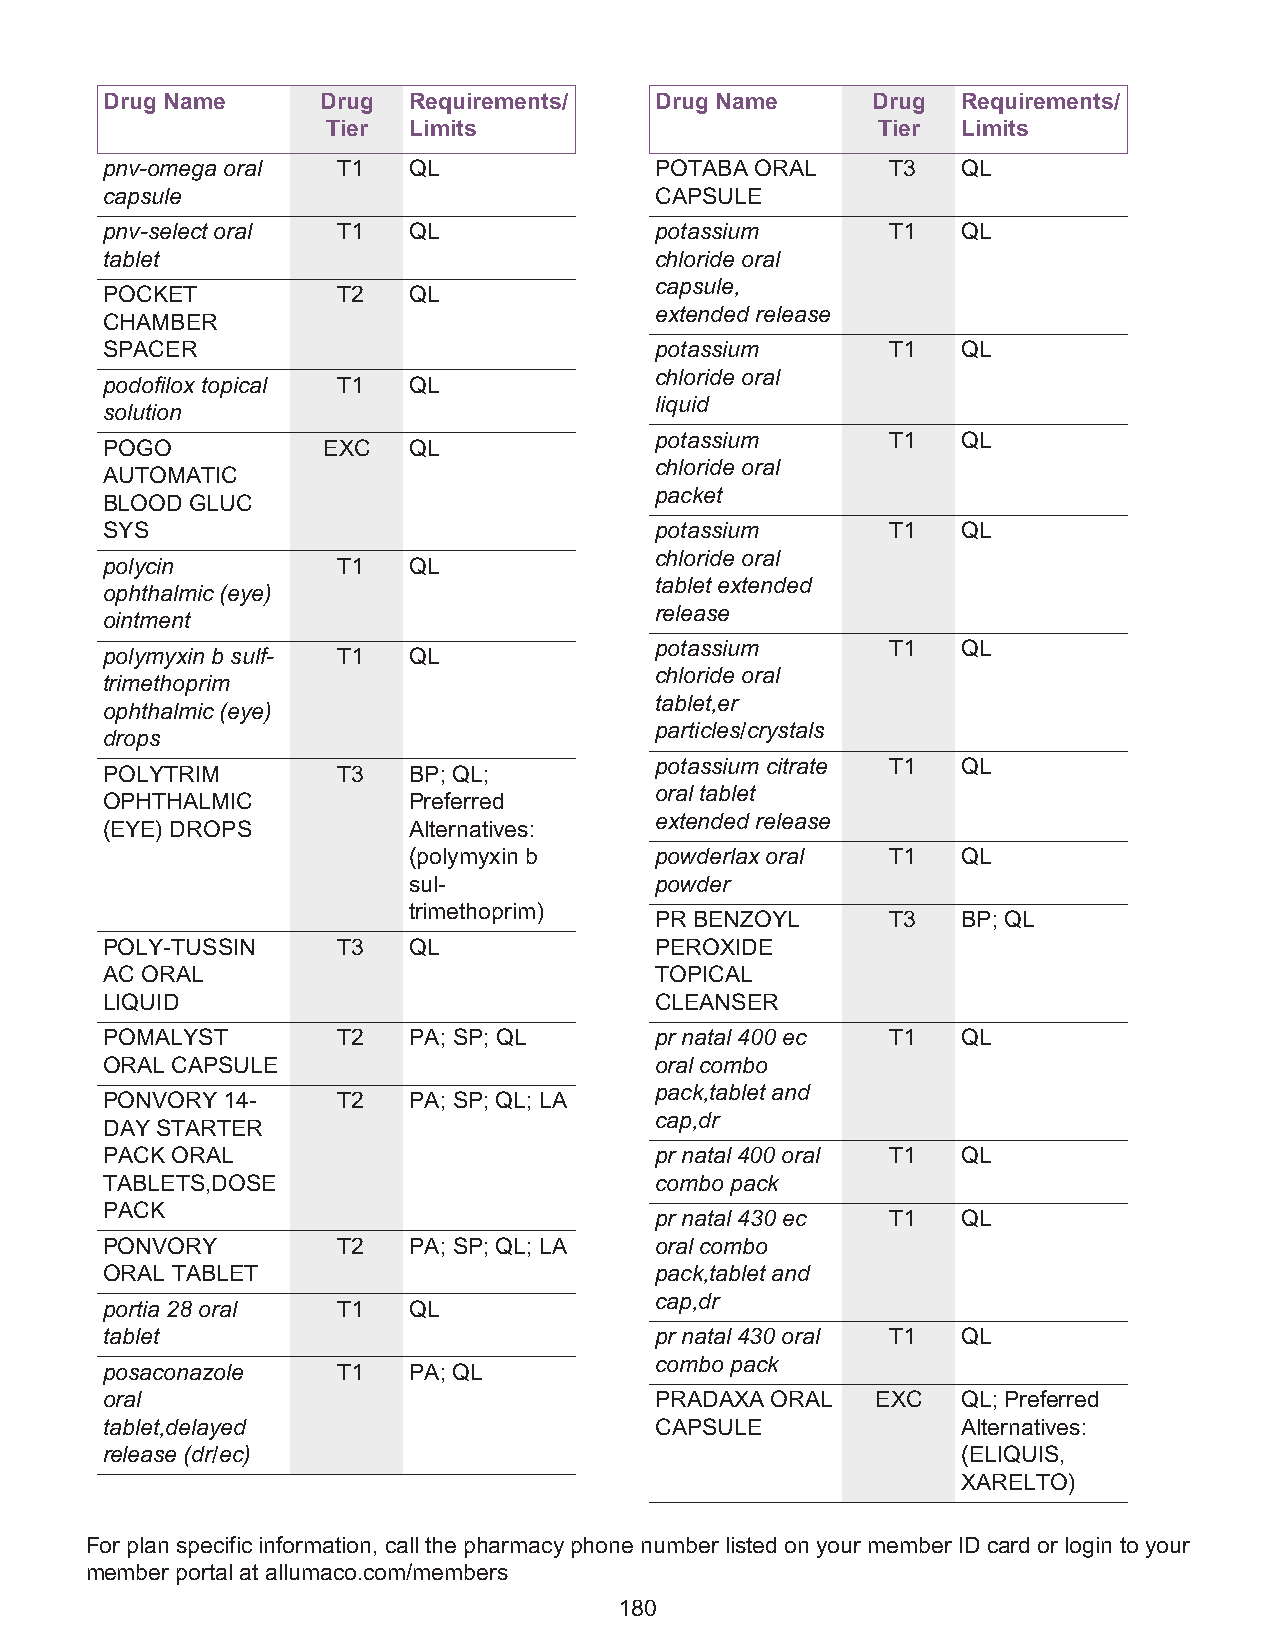
Drug Name     Drug  Requirements/   Drug Name      Drug  Requirements/
 Tier Limits                         Tier  Limits
 pnv-omega oral T1   QL              POTABA ORAL     T3   QL
 capsule                             CAPSULE
 pnv-select oral T1  QL              potassium       T1   QL
 tablet                              chloride oral
 capsule,
 POCKET         T2   QL
 extended release
 CHAMBER
 SPACER                              potassium       T1   QL
 chloride oral
 podofilox topical T1 QL
 liquid
 solution
 potassium       T1   QL
 POGO          EXC   QL
 chloride oral
 AUTOMATIC
 packet
 BLOOD GLUC
 SYS                                 potassium       T1   QL
 chloride oral
 polycin        T1   QL
 tablet extended
 ophthalmic (eye)
 release
 ointment
 potassium       T1   QL
 polymyxin b sulf- T1 QL
 chloride oral
 trimethoprim
 tablet,er
 ophthalmic (eye)
 particles/crystals
 drops
 potassium citrate T1 QL
 POLYTRIM       T3   BP; QL;
 oral tablet
 OPHTHALMIC          Preferred
 extended release
 (EYE) DROPS         Alternatives:
 (polymyxin b    powderlax oral  T1   QL
 sul-            powder
 trimethoprim)
 PR BENZOYL      T3   BP; QL
 POLY-TUSSIN    T3   QL              PEROXIDE
 AC ORAL                             TOPICAL
 LIQUID                              CLEANSER
 POMALYST       T2   PA; SP; QL      pr natal 400 ec T1   QL
 ORAL CAPSULE                        oral combo
 pack,tablet and
 PONVORY 14-    T2   PA; SP; QL; LA
 cap,dr
 DAY STARTER
 PACK ORAL                           pr natal 400 oral T1 QL
 TABLETS,DOSE                        combo pack
 PACK
 pr natal 430 ec T1   QL
 PONVORY        T2   PA; SP; QL; LA  oral combo
 ORAL TABLET                         pack,tablet and
 cap,dr
 portia 28 oral T1   QL
 tablet                              pr natal 430 oral T1 QL
 combo pack
 posaconazole   T1   PA; QL
 oral                                PRADAXA ORAL   EXC   QL; Preferred
 tablet,delayed                      CAPSULE              Alternatives:
 release (dr/ec)                                          (ELIQUIS,
 XARELTO)
 For plan specific information, call the pharmacy phone number listed on your member ID card or login to your
 member portal at allumaco.com/members
 180